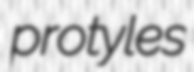
protyles